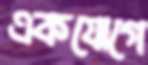
একযোগে